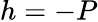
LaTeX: h=-P